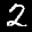
Label: 2